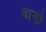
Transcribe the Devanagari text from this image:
बाचो